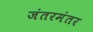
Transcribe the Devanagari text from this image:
जंतरमंतर